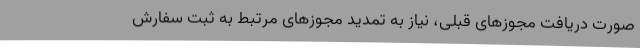
صورت دریافت مجوزهای قبلی، نیاز به تمدید مجوزهای مرتبط به ثبت سفارش